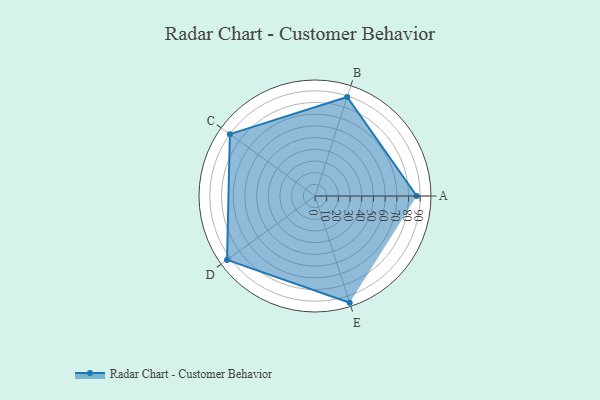
{"axis": {"x": "Skill", "y": "Score"}, "legend": ["Profile"], "data": [{"x": "A", "y": 87.0, "type": "Profile"}, {"x": "B", "y": 89.0, "type": "Profile"}, {"x": "C", "y": 90.0, "type": "Profile"}, {"x": "D", "y": 93.0, "type": "Profile"}, {"x": "E", "y": 96.0, "type": "Profile"}]}